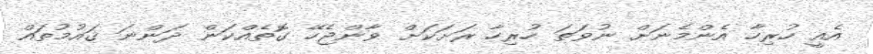
އެއީ ހުރިހާ އެންމެނަށް ނުވަތަ ހުރިހާ ރަށަކަށް ވާންޖެހޭ ގޮތެއްކަން ދަންނަ ޤައުމުތައް